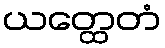
ယတ္ထေတံ